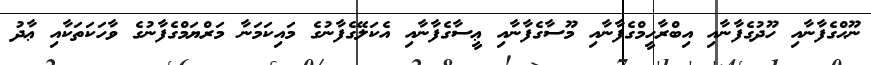
ނޫޙްގެފާނާއި ހޫދުގެފާނާއި އިބްރާހީމްގެފާނާއި މޫސާގެފާނާއި ޢީސާގެފާނާއި އެކަލޭގެފާނުގެ މައިކަމަނާ މަރްޔަމްގެފާނުގެ ވާހަކަތަކާއި ޢާދު